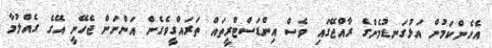
އެހެންކަމުން އަޅުގަނޑުމެންގެ ރާއްޖޭގައި ވެސް އިންޑަސްޓްރީތައް ތަރައްގީވެގެން އަންނަން ޖެހޭނީ އޭގެ ގެއްލުމާ